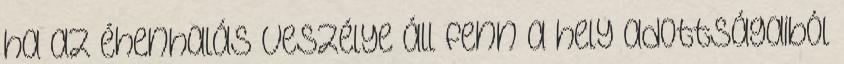
ha az éhenhalás veszélye áll fenn a hely adottságaiból